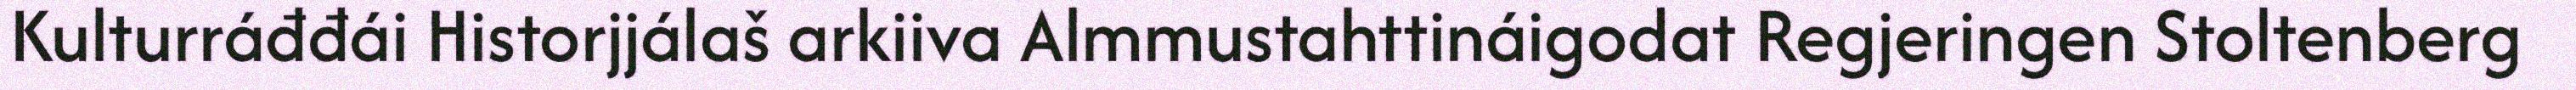
Kulturráđđái Historjjálaš arkiiva Almmustahttináigodat Regjeringen Stoltenberg